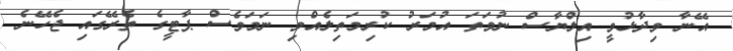
އޭނާ ވިދާޅުވީ އިލްޔާސް ނުވަތަ އުމަރު ކުރިމަތިލެއްވި ނަމަވެސް ޕާޓީގެ ތެރޭގައި ޖެހޭނެ